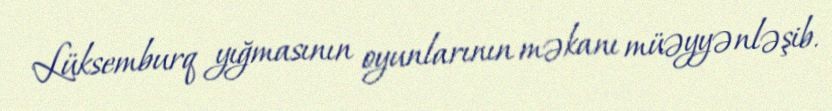
Lüksemburq yığmasının oyunlarının məkanı müəyyənləşib.